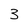
Character: 3